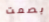
بصمت